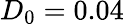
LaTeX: D_{0}=0.04